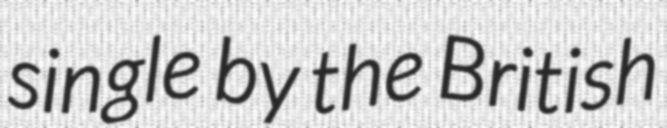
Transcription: single by the British